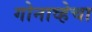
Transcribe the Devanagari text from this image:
गोनाव्हेचा